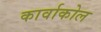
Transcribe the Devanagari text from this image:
कार्वाकोल